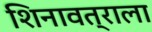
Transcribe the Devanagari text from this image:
शिनावत्राला